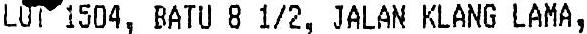
LOT 1504, BATU 8 1/2, JALAN KLANG LAMA,